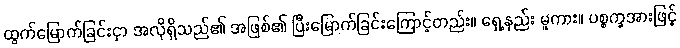
ထွက်မြောက်ခြင်းငှာ အလိုရှိသည်၏ အဖြစ်၏ ပြီးမြောက်ခြင်းကြောင့်တည်း။ ရှေ့နည်း မူကား။ ပစ္စက္ခအားဖြင့်